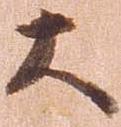
大